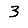
Digit: 3